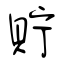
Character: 貯